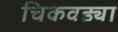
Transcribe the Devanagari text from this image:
चिकवड्या